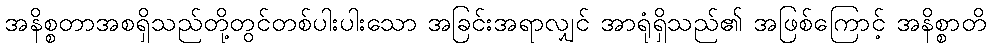
အနိစ္စတာအစရှိသည်တို့တွင်တစ်ပါးပါးသော အခြင်းအရာလျှင် အာရုံရှိသည်၏ အဖြစ်ကြောင့် အနိစ္စာတိ